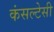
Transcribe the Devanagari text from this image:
कंसल्टेसी